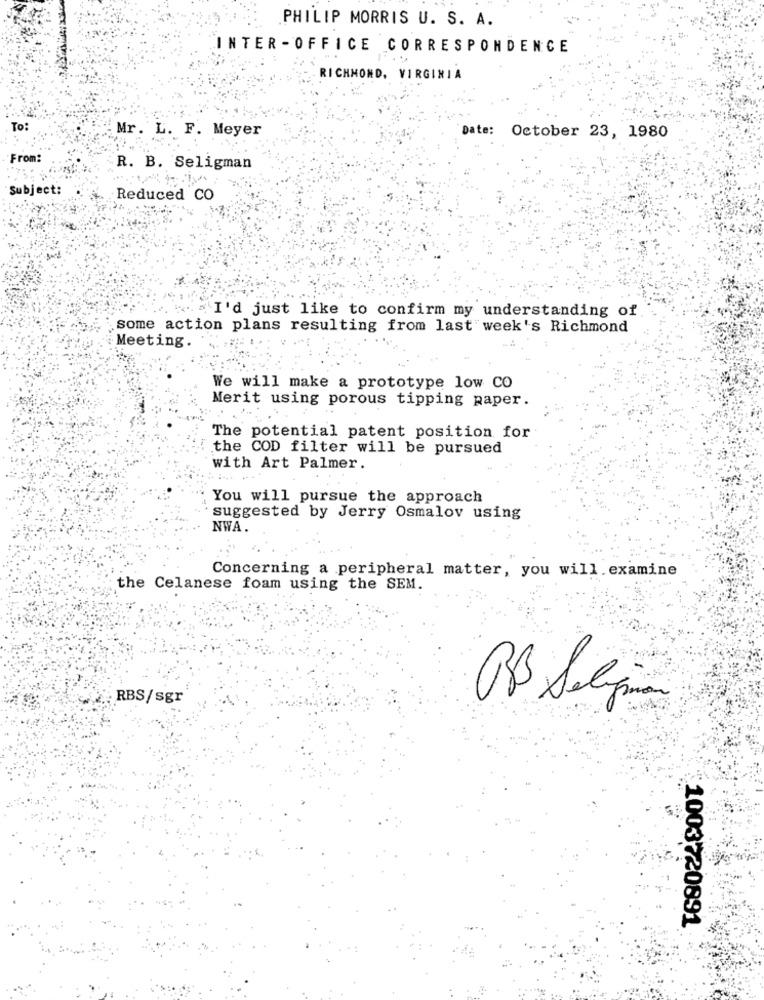
PHILIP MORRIS U. S. A.
INTER -OFFICE CORRESPONDENCE
RICHMOND, VIRGINIA
To:
Mr. L. F. Meyer
Date: October 23, 1980
From:
R. B. Seligman
Subject:
Reduced CO
I'd just like to confirm my understanding of
some action plans resulting from last week's Richmond
Meeting.
We will make a prototype low CO
Merit using porous tipping paper.
The potential patent position for
the COD filter will be pursued
with Art Palmer.
You will pursue the approach
suggested by Jerry Osmalov using
NWA
Concerning a peripheral matter, you will.examine
the Celanese foam using the SEM.
RBS/sgr
1003720891